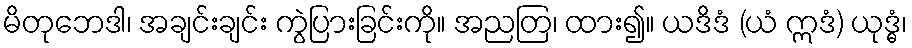
မိတုဘေဒါ၊ အချင်းချင်း ကွဲပြားခြင်းကို။ အညတြ၊ ထား၍။ ယဒိဒံ (ယံ ဣဒံ) ယုဒ္ဓံ၊